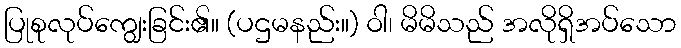
ပြုစုလုပ်ကျွေးခြင်း၏။ (ပဌမနည်း။) ဝါ၊ မိမိသည် အလိုရှိအပ်သော